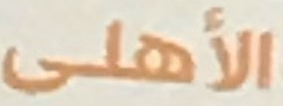
الأهلى